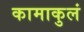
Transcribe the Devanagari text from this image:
कामाकुलं